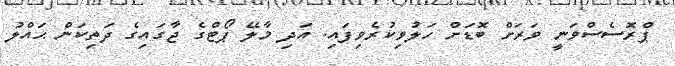
ޕްރޮސެސްވަނީ ވަރަށް ބޮޑަށް ހަލުވިކުރެވިފައި. އަދި މާލޭ ޕޯޓްގެ ޖާގައިގެ ދަތިކަން ޙައްލު